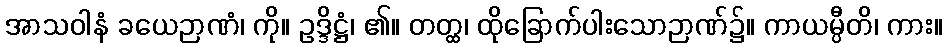
အာသဝါနံ ခယေဉာဏံ၊ ကို။ ဥဒ္ဒိဋ္ဌံ၊ ၏။ တတ္ထ၊ ထိုခြောက်ပါးသောဉာဏ်၌။ ကာယမ္ပီတိ၊ ကား။